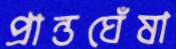
প্রান্তঘেঁষা